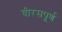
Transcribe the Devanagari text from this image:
वीरसपूर्ण